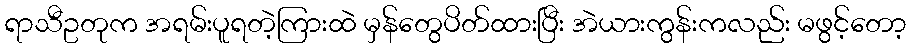
ရာသီဥတုက အရမ်းပူရတဲ့ကြားထဲ မှန်တွေပိတ်ထားပြီး အဲယားကွန်းကလည်း မဖွင့်တော့